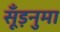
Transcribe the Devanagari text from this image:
सूँड़नुमा